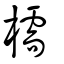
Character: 檽